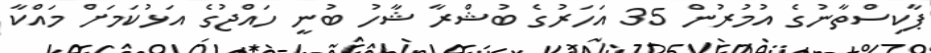
ޕާކިސްތާނުގެ އުމުރުން 35 އަހަރުގެ ބުޝްރާ ޝާހު ބުނީ ހައްޖުގެ އަޅުކަމަށް މައްކާ